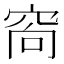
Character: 𥥩